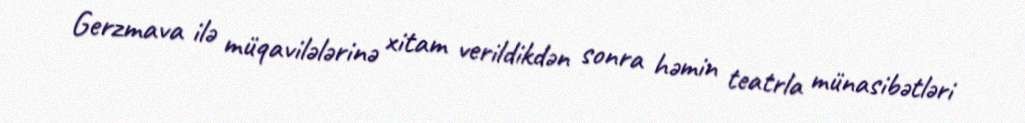
Gerzmava ilə müqavilələrinə xitam verildikdən sonra həmin teatrla münasibətləri